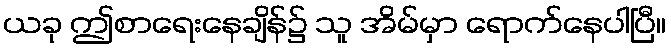
ယခု ဤစာရေးနေချိန်၌ သူ အိမ်မှာ ရောက်နေပါပြီ။